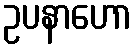
ဥပနာဟော